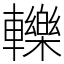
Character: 轢